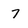
Character: 7